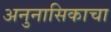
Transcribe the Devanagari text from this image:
अनुनासिकाचा